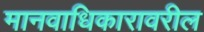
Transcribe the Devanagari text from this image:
मानवाधिकारावरील